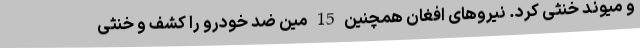
و میوند خنثی کرد. نیروهای افغان همچنین 15 مین ضد خودرو را کشف و خنثی